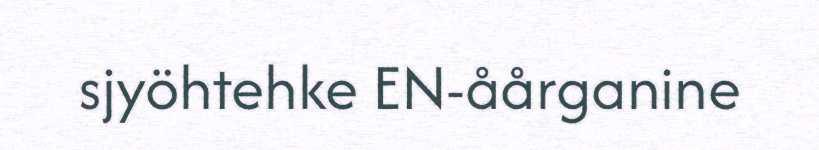
sjyöhtehke EN-åårganine